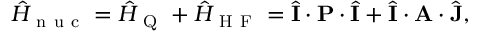
\hat { H } _ { \mathrm { ~ n ~ u ~ c ~ } } = \hat { H } _ { \mathrm { ~ Q ~ } } + \hat { H } _ { \mathrm { ~ H ~ F ~ } } = \hat { \mathbf { I } } \cdot \mathbf { P } \cdot \hat { \mathbf { I } } + \hat { \mathbf { I } } \cdot \mathbf { A } \cdot \hat { \mathbf { J } } ,